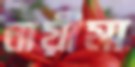
নায়ীমা